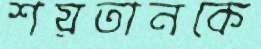
শয়তানকে